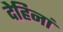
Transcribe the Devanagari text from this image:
देहिनां